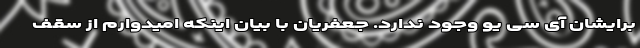
برایشان آی سی یو وجود ندارد. جعفریان با بیان اینکه امیدوارم از سقف